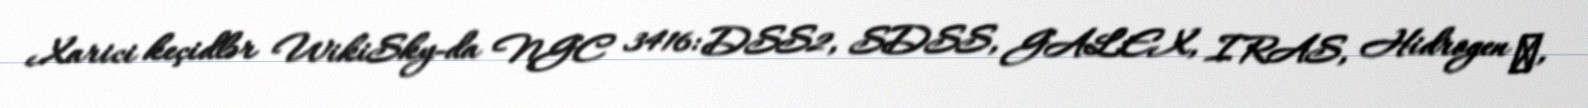
Xarici keçidlər WikiSky-da NGC 3416: DSS2, SDSS, GALEX, IRAS, Hidrogen α,